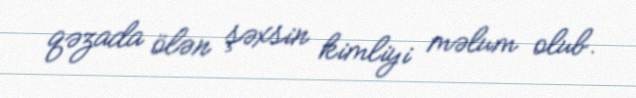
qəzada ölən şəxsin kimliyi məlum olub.